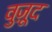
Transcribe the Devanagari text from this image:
वुज़ूद